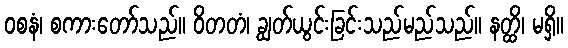
ဝစနံ၊ စကားတော်သည်။ ဝိတတံ၊ ချွတ်ယွင်းခြင်းသည်မည်သည်။ နတ္ထိ၊ မရှိ။